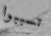
تسببوا